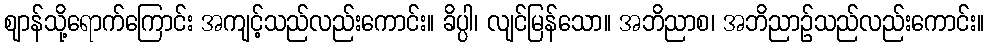
ဈာန်သို့ရောက်ကြောင်း အကျင့်သည်လည်းကောင်း။ ခိပ္ပါ၊ လျင်မြန်သော။ အဘိညာစ၊ အဘိညာဉ်သည်လည်းကောင်း။